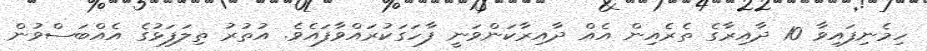
ހިމެނިފައިވާ 10 ދާއިރާގެ ތެރެއިން އެއް ދާއިރާކަންވަނީ ފާހަގަކުރައްވާފައެވެ. އުތުރު ތިލަފަޅުގެ އެއްބަސްވުން